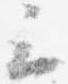
云